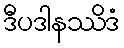
ဒီပဒါနဿိဒံ